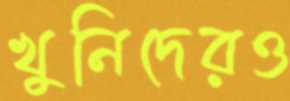
খুনিদেরও